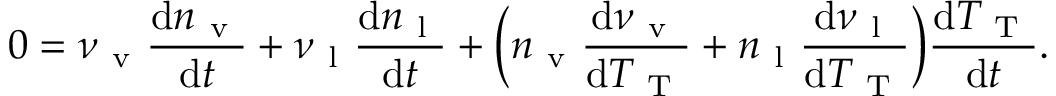
0 = \nu _ { \mathrm { ~ v ~ } } \frac { \mathrm { d } n _ { \mathrm { ~ v ~ } } } { \mathrm { d } t } + \nu _ { \mathrm { ~ l ~ } } \frac { \mathrm { d } n _ { \mathrm { ~ l ~ } } } { \mathrm { d } t } + \bigg ( n _ { \mathrm { ~ v ~ } } \frac { \mathrm { d } \nu _ { \mathrm { ~ v ~ } } } { \mathrm { d } T _ { \mathrm { ~ T ~ } } } + n _ { \mathrm { ~ l ~ } } \frac { \mathrm { d } \nu _ { \mathrm { ~ l ~ } } } { \mathrm { d } T _ { \mathrm { ~ T ~ } } } \bigg ) \frac { \mathrm { d } T _ { \mathrm { ~ T ~ } } } { \mathrm { d } t } .